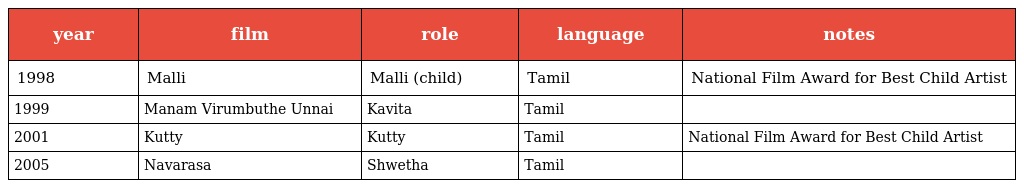
| year | film | role | language | notes |
 | --- | --- | --- | --- | --- |
 | 1998 | Malli | Malli (child) | Tamil | National Film Award for Best Child Artist |
 | 1999 | Manam Virumbuthe Unnai | Kavita | Tamil |  |
 | 2001 | Kutty | Kutty | Tamil | National Film Award for Best Child Artist |
 | 2005 | Navarasa | Shwetha | Tamil |  |